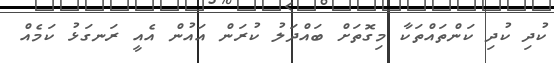
ކުދި ކުދި ކަންތައްތަކާ މިގޮތަށް ބައްދަލު ކުރަން އައުން އެއީ ރަނގަޅު ކަމެއް